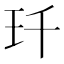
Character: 𤣳